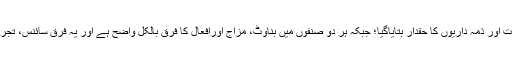
ہر دو صنف کو ہر طرح کے کام ، حالات اور ذمہ داریوں کا حقدار بتایاگیا؛ جبکہ ہر دو صنفوں میں بناوٹ، مزاج اورافعال کا فرق بالکل واضح ہے اور یہ فرق سائنس، تجربہ اور تاریخ ہر ایک سے ثابت شدہ ہے۔